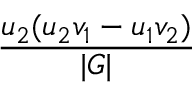
\frac { u _ { 2 } ( u _ { 2 } v _ { 1 } - u _ { 1 } v _ { 2 } ) } { | G | }